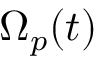
\Omega _ { p } ( t )